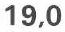
19,0